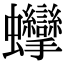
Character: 𧖘